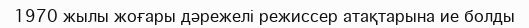
1970 жылы жоғары дәрежелі режиссер атақтарына ие болды